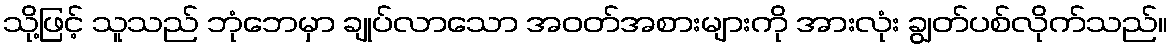
သို့ဖြင့် သူသည် ဘုံဘေမှာ ချုပ်လာသော အဝတ်အစားများကို အားလုံး ချွတ်ပစ်လိုက်သည်။